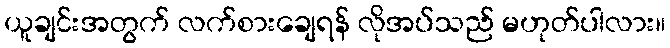
ယူချင်းအတွက် လက်စားချေရန် လိုအပ်သည် မဟုတ်ပါလား။